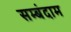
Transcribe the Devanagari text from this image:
सम्बंदाम